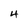
Character: 4